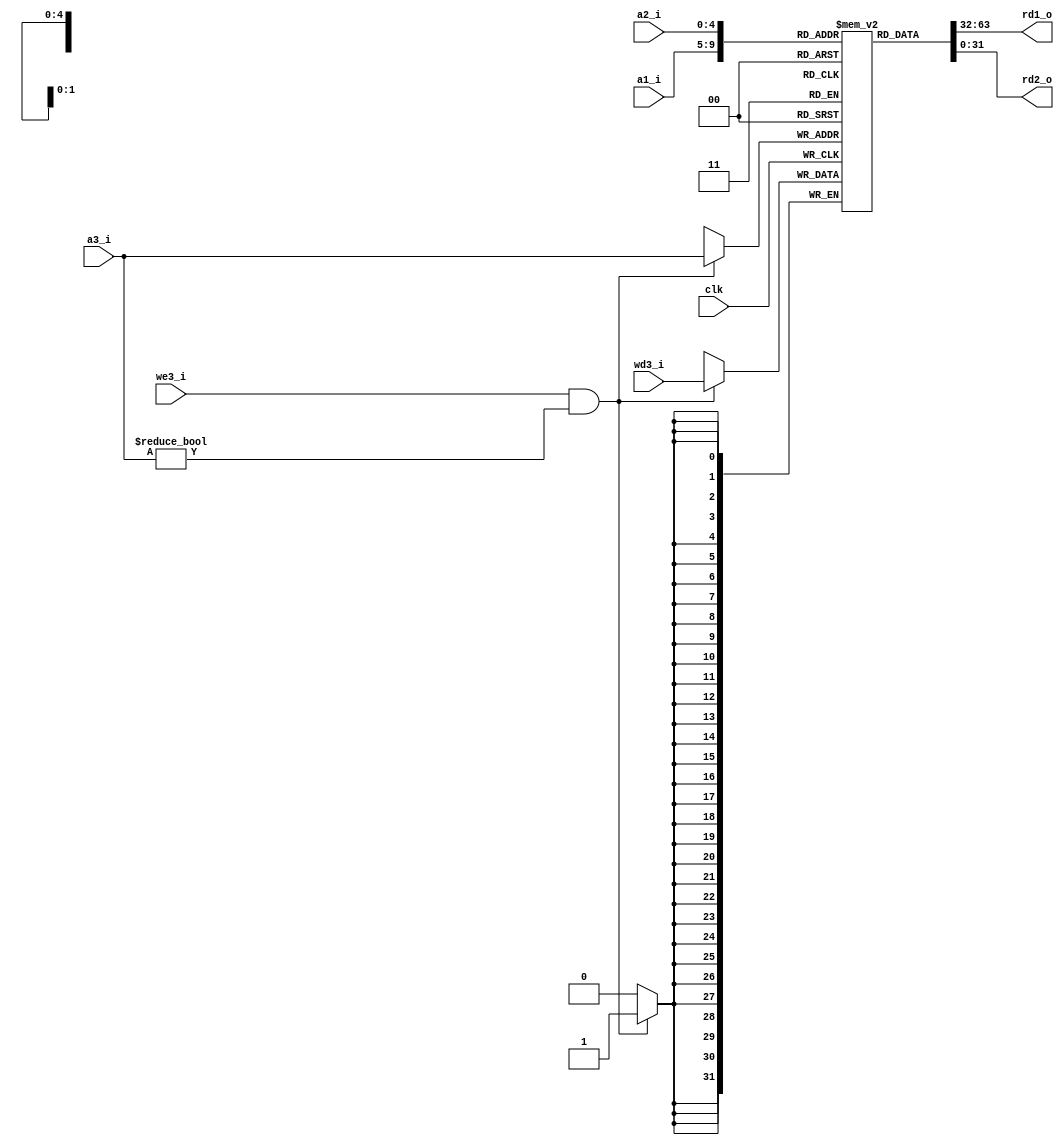
module ucsbece154a_rf (
    input               clk,
    input         [4:0] a1_i, a2_i, a3_i,
    output wire  [31:0] rd1_o, rd2_o,
    input               we3_i,
    input        [31:0] wd3_i
);

reg [31:0] MEM [0:31];

assign rd1_o = MEM[a1_i];
assign rd2_o = MEM[a2_i];

initial MEM[0] = 32'b0;

always @ (posedge clk) begin
    if (we3_i && (a3_i!=5'b0))
        MEM[a3_i] <= wd3_i;
`ifdef SIM
    if (we3_i && (a3_i==5'b0))
        $display("Warning: Attempted to write to $zero register");
`endif
end

`ifdef SIM
wire [31:0] zero = MEM[5'd0];
wire [31:0] at = MEM[5'd1];
wire [31:0] v0 = MEM[5'd2];
wire [31:0] v1 = MEM[5'd3];
wire [31:0] a0 = MEM[5'd4];
wire [31:0] a1 = MEM[5'd5];
wire [31:0] a2 = MEM[5'd6];
wire [31:0] a3 = MEM[5'd7];
wire [31:0] t0 = MEM[5'd8];
wire [31:0] t1 = MEM[5'd9];
wire [31:0] t2 = MEM[5'd10];
wire [31:0] t3 = MEM[5'd11];
wire [31:0] t4 = MEM[5'd12];
wire [31:0] t5 = MEM[5'd13];
wire [31:0] t6 = MEM[5'd14];
wire [31:0] t7 = MEM[5'd15];
wire [31:0] s0 = MEM[5'd16];
wire [31:0] s1 = MEM[5'd17];
wire [31:0] s2 = MEM[5'd18];
wire [31:0] s3 = MEM[5'd19];
wire [31:0] s4 = MEM[5'd20];
wire [31:0] s5 = MEM[5'd21];
wire [31:0] s6 = MEM[5'd22];
wire [31:0] s7 = MEM[5'd23];
wire [31:0] t8 = MEM[5'd24];
wire [31:0] t9 = MEM[5'd25];
wire [31:0] k0 = MEM[5'd26];
wire [31:0] k1 = MEM[5'd27];
wire [31:0] gp = MEM[5'd28];
wire [31:0] sp = MEM[5'd29];
wire [31:0] fp = MEM[5'd30];
wire [31:0] ra = MEM[5'd31];
`endif

endmodule